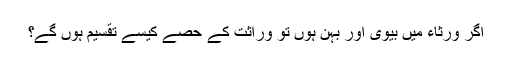
اگر ورثاء میں بیوی اور بہن ہوں تو وراثت کے حصے کیسے تقسیم ہوں گے؟